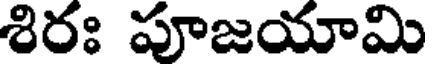
శిరః పూజయామి